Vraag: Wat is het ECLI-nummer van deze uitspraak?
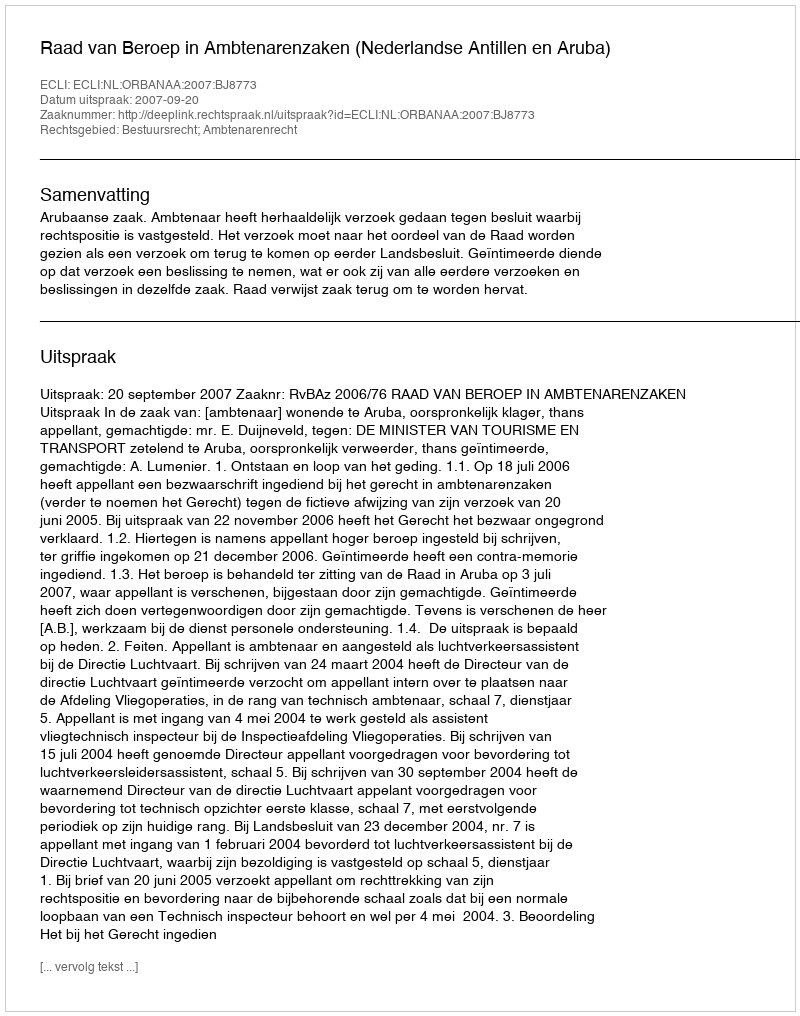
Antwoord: ECLI:NL:ORBANAA:2007:BJ8773